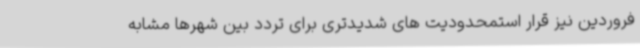
فروردین نیز قرار استمحدودیت های شدیدتری برای تردد بین شهرها مشابه